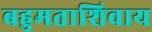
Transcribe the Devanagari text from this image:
बहुमताशिवाय